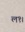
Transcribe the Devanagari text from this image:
ल१।